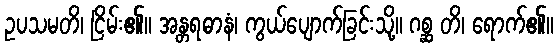
ဥပသမတိ၊ ငြိမ်း၏။ အန္တရဓာနံ၊ ကွယ်ပျောက်ခြင်းသို့။ ဂစ္ဆ တိ၊ ရောက်၏။